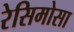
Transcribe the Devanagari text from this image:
रेसिमोसा